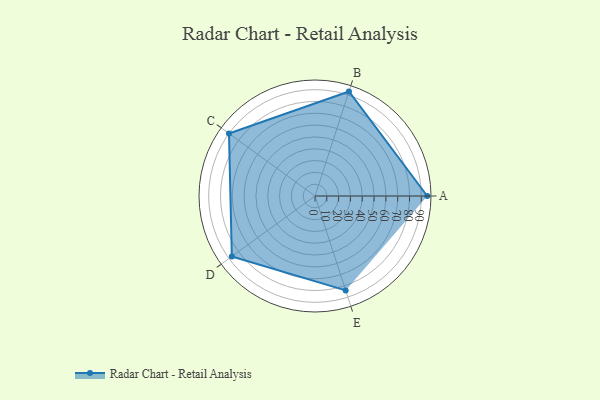
{"axis": {"x": "Skill", "y": "Score"}, "legend": ["Profile"], "data": [{"x": "A", "y": 95.0, "type": "Profile"}, {"x": "B", "y": 93.0, "type": "Profile"}, {"x": "C", "y": 90.0, "type": "Profile"}, {"x": "D", "y": 87.0, "type": "Profile"}, {"x": "E", "y": 84.0, "type": "Profile"}]}